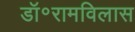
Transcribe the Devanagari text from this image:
डॉ॰रामविलास